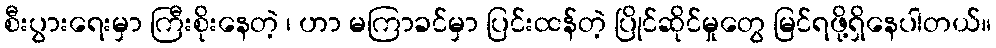
စီးပွားရေးမှာ ကြီးစိုးနေတဲ့ ၊ ဟာ မကြာခင်မှာ ပြင်းထန်တဲ့ ပြိုင်ဆိုင်မှုတွေ မြင်ရဖို့ရှိနေပါတယ်။